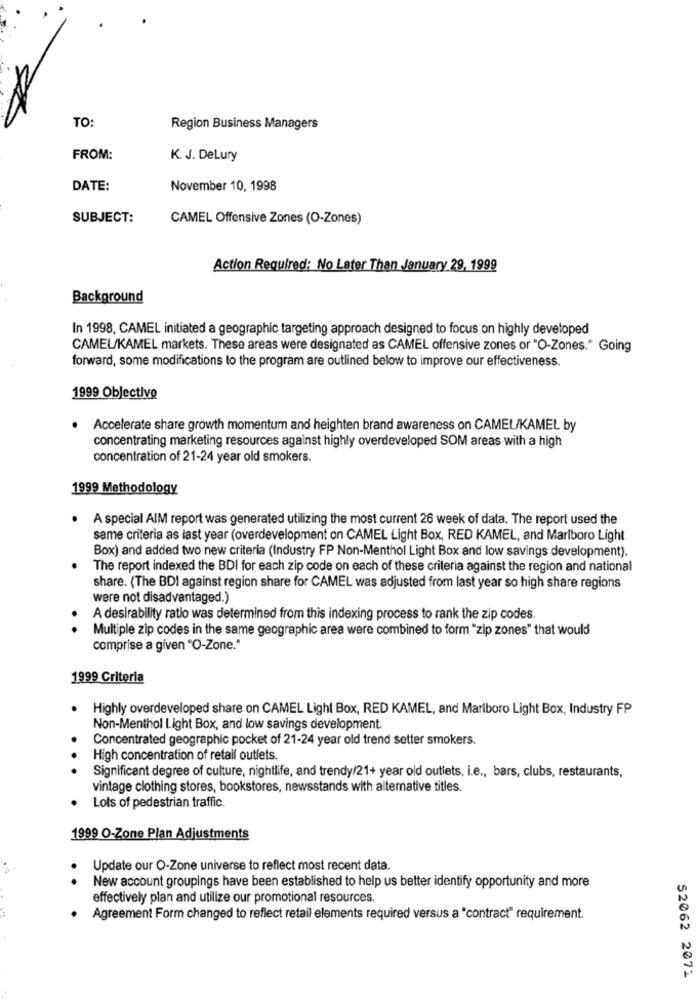
TO:
Region Business Managers
FROM:
K. J. DeLury
DATE:
November 10, 1998
SUBJECT:
CAMEL Offensive Zones (O-Zones)
Action Required: No Later Than January 29, 1999
Background
In 1998, CAMEL initiated a geographic targeting approach designed to focus on highly developed
CAMEL/KAMEL markets. These areas were designated as CAMEL offensive zones or "O-Zones." Going
forward, some modifications to the program are outlined below to improve our effectiveness.
1999 Objective
Accelerate share growth momentum and heighten brand awareness on CAMEL/KAMEL by
concentrating marketing resources against highly overdeveloped SOM areas with a high
concentration of 21-24 year old smokers.
1999 Methodology
A special AIM report was generated utilizing the most current 26 week of data. The report used the
same criteria as last year (overdevelopment on CAMEL Light Box, RED KAMEL, and Marlboro Light
Box) and added two new criteria (Industry FP Non-Menthol Light Box and low savings development).
The report indexed the BDI for each zip code on each of these criteria against the region and national
share. (The BDI against region share for CAMEL was adjusted from last year so high share regions
were not disadvantaged.)
A desirability ratio was determined from this indexing process to rank the zip codes.
Multiple zip codes in the same geographic area were combined to form "zip zones" that would
comprise a given "O-Zone."
1999 Criteria
Highly overdeveloped share on CAMEL Light Box, RED KAMEL, and Marlboro Light Box, Industry FP
Non-Menthol Light Box, and low savings development.
Concentrated geographic pocket of 21-24 year old trend setter smokers.
High concentration of retail outlets.
Significant degree of culture, nightlife, and trendy/21+ year old outlets, i.e ., bars, clubs, restaurants,
vintage clothing stores, bookstores, newsstands with alternative titles.
Lots of pedestrian traffic.
1999 O-Zone Plan Adjustments
Update our O-Zone universe to reflect most recent data.
New account groupings have been established to help us better identify opportunity and more
effectively plan and utilize our promotional resources.
Agreement Form changed to reflect retail elements required versus a "contract" requirement.
52062 2071